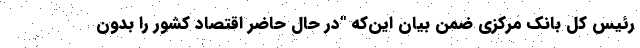
رئیس کل بانک مرکزی ضمن بیان این‌که "در حال حاضر اقتصاد کشور را بدون